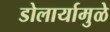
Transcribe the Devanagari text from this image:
डोलार्यामुळे